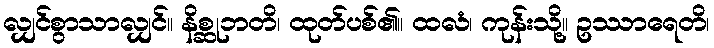
လျှင်စွာသာလျှင်။ နိစ္ဆုဘတိ၊ ထုတ်ပစ်၏။ ထလံ၊ ကုန်းသို့။ ဥဿာရေတိ၊